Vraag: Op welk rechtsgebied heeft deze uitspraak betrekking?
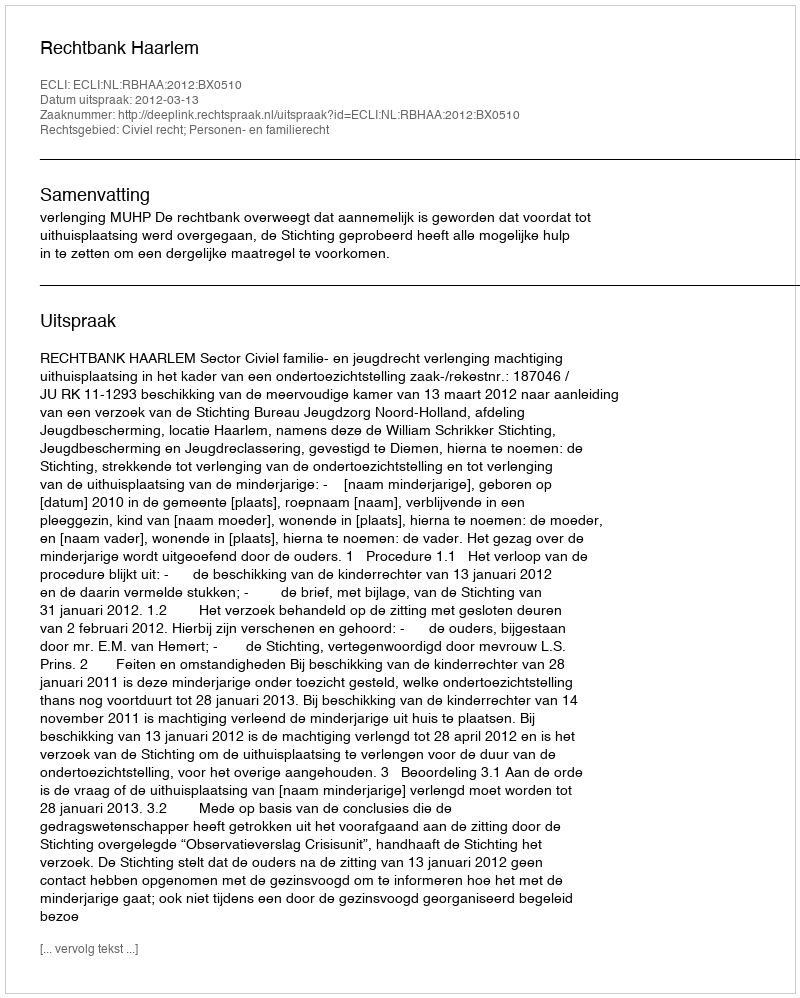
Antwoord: Civiel recht; Personen- en familierecht